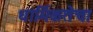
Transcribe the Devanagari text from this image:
धार्मिकतेचा